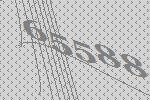
65588